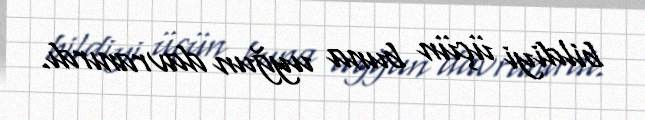
bildiyi üçün buna uyğun davranırdı.